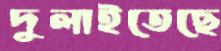
দুলাইতেছে